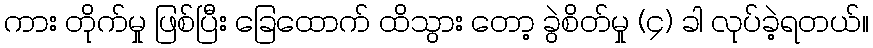
ကား တိုက်မှု ဖြစ်ပြီး ခြေထောက် ထိသွား တော့ ခွဲစိတ်မှု (၄) ခါ လုပ်ခဲ့ရတယ်။